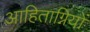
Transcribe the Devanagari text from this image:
आहिताग्नियों